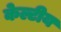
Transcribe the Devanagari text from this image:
केल्टीय